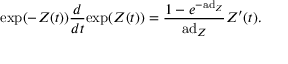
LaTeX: \exp ( - Z ( t ) ) { \frac { d } { d t } } \mathrm { e x p } ( Z ( t ) ) = { \frac { 1 - e ^ { - \mathrm { a d } _ { Z } } } { \mathrm { a d } _ { Z } } } Z ^ { \prime } ( t ) .